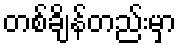
တစ်ချိန်တည်းမှာ